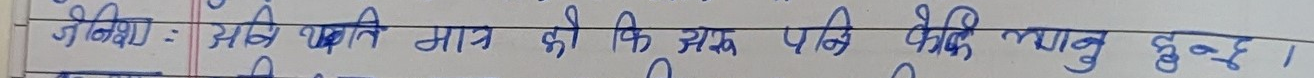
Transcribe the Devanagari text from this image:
जिज्ञासा: अब कति मात्र कि अरु पनि केके थानु हुन्छ।